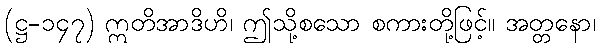
(ဋ္ဌ-၁၄၇) ဣတိအာဒိဟိ၊ ဤသို့စသော စကားတို့ဖြင့်။ အတ္တနော၊